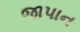
જાપાન